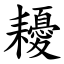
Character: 耰